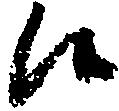
候